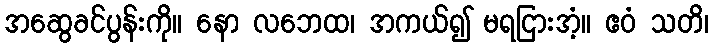
အဆွေခင်ပွန်းကို။ နော လဘေထ၊ အကယ်၍ မရငြားအံ့။ ဧဝံ သတိ၊